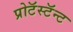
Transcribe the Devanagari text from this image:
प्रोटॅस्टॅन्ट